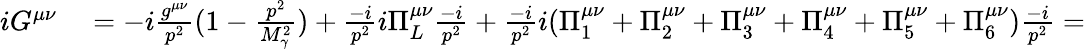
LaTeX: \begin{array}{rl}{iG^{\mu\nu}}&{{}=-i\frac{g^{\mu\nu}}{p^{2}}(1-\frac{p^{2}}{M_{\gamma}^{2}})+\frac{-i}{p^{2}}i\Pi_{L}^{\mu\nu}\frac{-i}{p^{2}}+\frac{-i}{p^{2}}i(\Pi_{1}^{\mu\nu}+\Pi_{2}^{\mu\nu}+\Pi_{3}^{\mu\nu}+\Pi_{4}^{\mu\nu}+\Pi_{5}^{\mu\nu}+\Pi_{6}^{\mu\nu})\frac{-i}{p^{2}}=}\end{array}